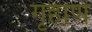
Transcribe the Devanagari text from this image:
गृहाण